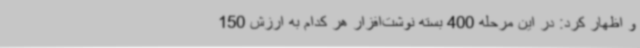
و اظهار کرد: در این مرحله 400 بسته نوشت‌افزار هر کدام به ارزش 150